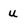
Character: u